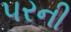
પરની